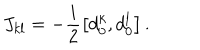
LaTeX: J _ { k l } = - \frac { i } { 2 } \left[ d _ { 0 } ^ { k } , d _ { 0 } ^ { l } \right] .